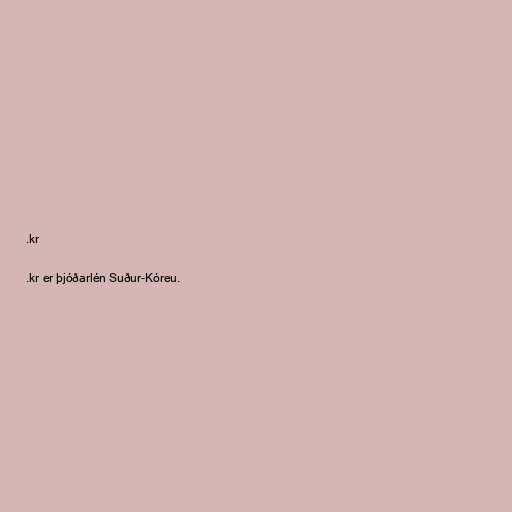
.kr

.kr er þjóðarlén Suður-Kóreu.